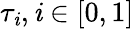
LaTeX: \tau_{\mathit{i}},\mathit{i}\in[0,1]